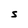
Character: S